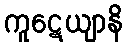
ကူဋေယျာနိ